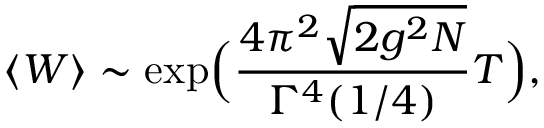
\langle W \rangle \sim \exp \Bigl ( \frac { 4 \pi ^ { 2 } \sqrt { 2 g ^ { 2 } N } } { \Gamma ^ { 4 } ( 1 / 4 ) } T \Bigr ) ,